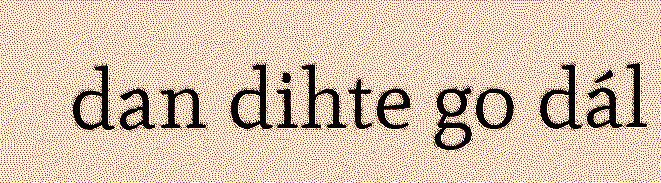
dan dihte go dál